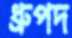
ধ্রুপদ